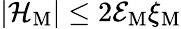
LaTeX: |{\cal H}_{\mathrm{M}}|\leq 2{\cal E}_{\mathrm{M}}\xi_{\mathrm{M}}